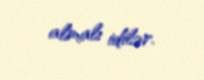
almalı idilər.